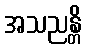
အသညန္တိ